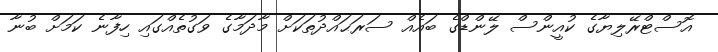
އޮސްޓްރޭލިޔާގެ ކުއީންސް ލޭންޑްގެ ބައެއް ސަރަޙައްދުތަކަށް މާދަމާގެ ވަގުތެއްގައި ހިފާނެ ކަމަށް ބުނާ